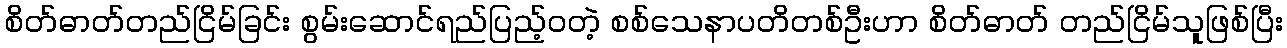
စိတ်ဓာတ်တည်ငြိမ်ခြင်း စွမ်းဆောင်ရည်ပြည့်ဝတဲ့ စစ်သေနာပတိတစ်ဦးဟာ စိတ်ဓာတ် တည်ငြိမ်သူဖြစ်ပြီး